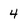
Character: 4